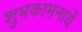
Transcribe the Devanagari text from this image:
शुभकामनायें